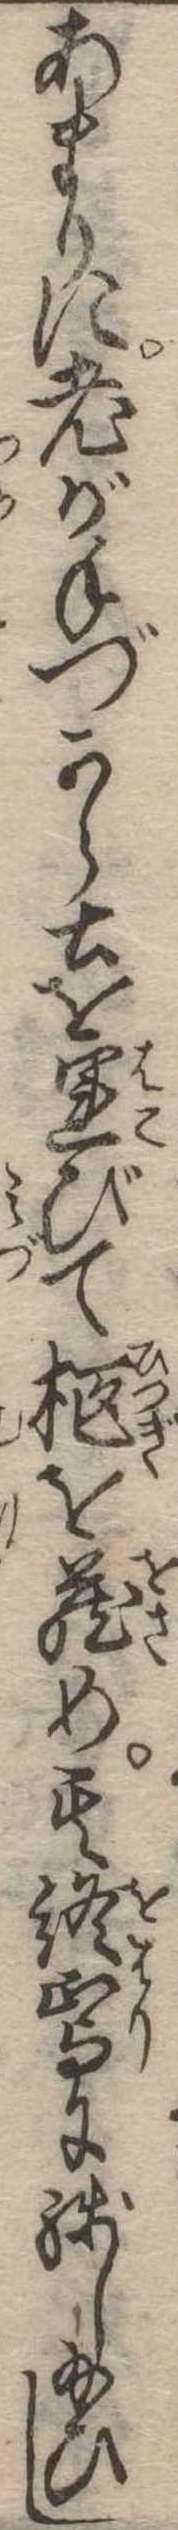
あまりに老が手づから土を運びて柩を蔵め其終焉に残し給ひし